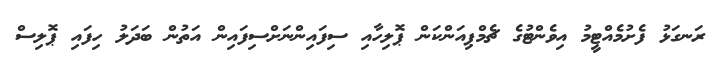
ރަނގަޅު ފެށުމެއްޓީމު އިވެންޓުގެ ޗެމްޕިއަންކަން ޕޮލިހާއި ސިފައިންނަށްސިފައިން އަތުން ބަދަލު ހިފައި ޕޮލިސް